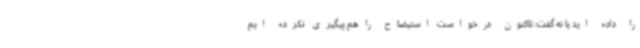
را داده اید یا نه گفت: تاکنون درخواست استیضاح را هم پیگیری نکرده ایم